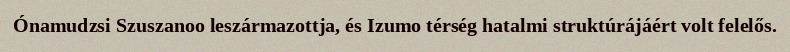
Ónamudzsi Szuszanoo leszármazottja, és Izumo térség hatalmi struktúrájáért volt felelős.